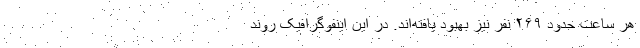
هر ساعت حدود ۲۶۹ نفر نیز بهبود یافته‌اند. در این اینفوگرافیک روند